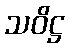
သဝိဋ္ဌ